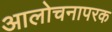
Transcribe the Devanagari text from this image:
आलोचनापरक